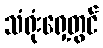
သံရုံးရှေ့တွင်